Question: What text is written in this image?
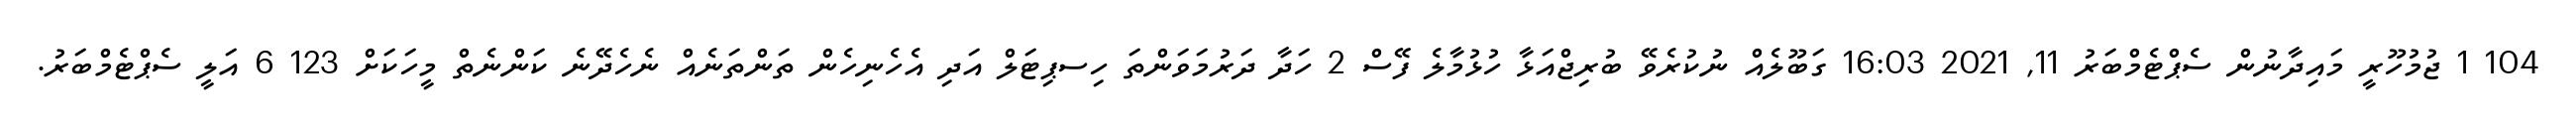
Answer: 104 1 ޖުމުހޫރީ މައިދާނުން ސެޕްޓެމްބަރު 11, 2021 16:03 ގަބޫލެއް ނުކުރެވޭ ބުރިޖްއަޅާ ހުޅުމާލެ ފޭސް 2 ހަދާ ދަރުމަވަންތަ ހިސޕިޓަލް އަދި އެހެނިހެން ތަންތަނެއް ނެހެދޭނެ ކަންނެތް މީހަކަށް 123 6 އަލީ ސެޕްޓެމްބަރު.